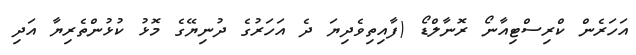
އަހަރެން ކްރިސްޓިއާނޯ ރޮނާލްޑޯ (ފާއިތިވެދިޔަ ދެ އަހަރުގެ ދުނިޔޭގެ މޮޅު ކުޅުންތެރިޔާ އަދި